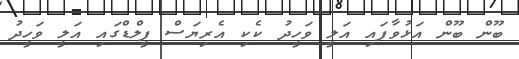
ބޫން ބޫން އަޅުވާފައި އަލީ ވަހީދު ކެކި އެރިޔަސް ފީލްޑްގައި އަލީ ވަހީދު